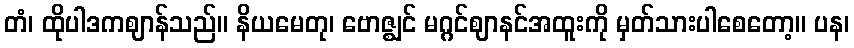
တံ၊ ထိုပါဒကဈာန်သည်။ နိယမေတု၊ ဗောဇ္ဈင် မဂ္ဂင်ဈာနင်အထူးကို မှတ်သားပါစေတော့။ ပန၊